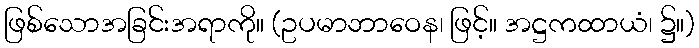
ဖြစ်သောအခြင်းအရာကို။ (ဥပမာဘာဝေန၊ ဖြင့်။ အဋ္ဌကထာယံ၊ ၌။)